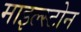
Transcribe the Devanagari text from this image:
माइल्स्टोन